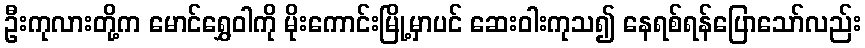
ဦးကုလားတို့က မောင်ရွှေဝါကို မိုးကောင်းမြို့မှာပင် ဆေးဝါးကုသ၍ နေရစ်ရန်ပြောသော်လည်း